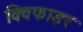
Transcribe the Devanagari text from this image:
क्विफाइर